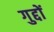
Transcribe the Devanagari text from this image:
गुद्दों